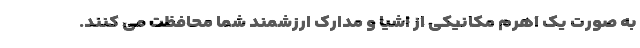
به صورت یک اهرم مکانیکی از اشیا و مدارک ارزشمند شما محافظت می­ کنند.